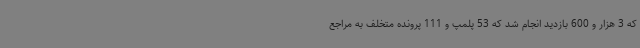
که 3 هزار و 600 بازدید انجام شد که 53 پلمپ و 111 پرونده متخلف به مراجع